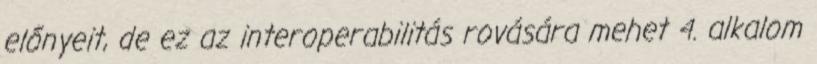
előnyeit, de ez az interoperabilitás rovására mehet 4. alkalom